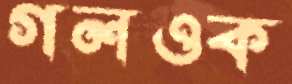
গলওক